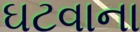
ઘટવાના